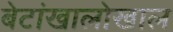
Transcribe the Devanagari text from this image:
बेटांखालोखाल